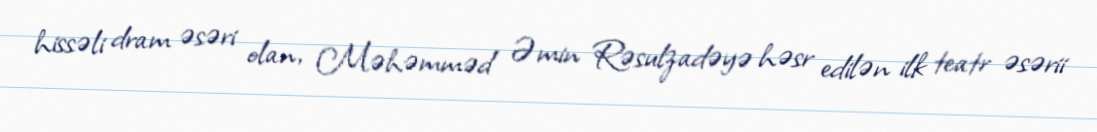
hissəli dram əsəri olan, Məhəmməd Əmin Rəsulzadəyə həsr edilən ilk teatr əsərii